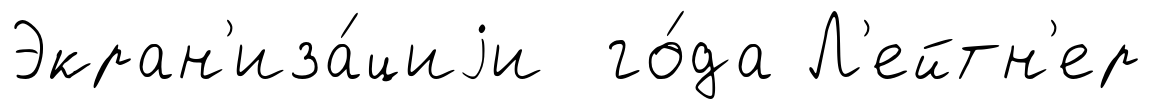
Экран'иза́циjи го́да Л'ейтн'ер